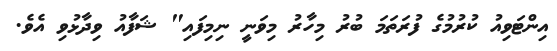
އިންޓަވިއު ކުރުމުގެ ފުރަތަމަ ބުރު މިހާރު މިވަނީ ނިމިފައި" ޝަފާއު ވިދާޅުވި އެވެ.